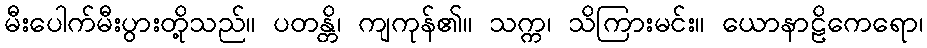
မီးပေါက်မီးပွားတို့သည်။ ပတန္တိ၊ ကျကုန်၏။ သက္က၊ သိကြားမင်း။ ယောနာဠိကေရော၊